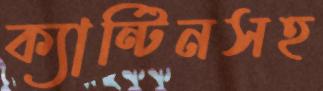
ক্যান্টিনসহ